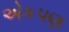
એકપણ